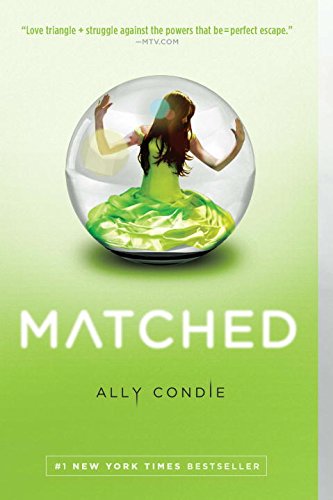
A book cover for Matched; Ally Condie; Teen & Young Adult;